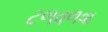
ટળવળવા